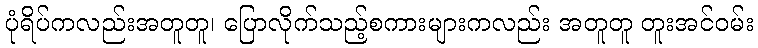
ပုံရိပ်ကလည်းအတူတူ၊ ပြောလိုက်သည့်စကားများကလည်း အတူတူ တူးအင်ဝမ်း